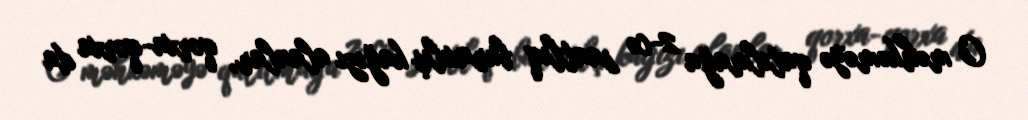
O məhkəməyə qatılmağa 2-cə saatlıq buraxılış kağızı alanlar, qorxa-qorxa da